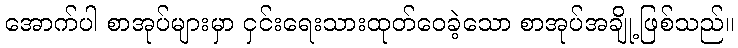
အောက်ပါ စာအုပ်များမှာ ငှင်းရေးသားထုတ်ဝေခဲ့သော စာအုပ်အချို့ဖြစ်သည်။